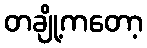
တချို့ကတော့